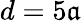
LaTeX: d=5\mathfrak{a}